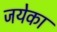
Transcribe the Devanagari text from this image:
जयेका